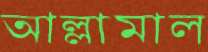
আল্লামাল